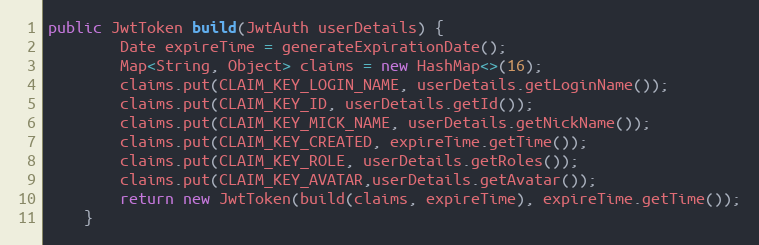
Language: Java
public JwtToken build(JwtAuth userDetails) {
        Date expireTime = generateExpirationDate();
        Map<String, Object> claims = new HashMap<>(16);
        claims.put(CLAIM_KEY_LOGIN_NAME, userDetails.getLoginName());
        claims.put(CLAIM_KEY_ID, userDetails.getId());
        claims.put(CLAIM_KEY_MICK_NAME, userDetails.getNickName());
        claims.put(CLAIM_KEY_CREATED, expireTime.getTime());
        claims.put(CLAIM_KEY_ROLE, userDetails.getRoles());
        claims.put(CLAIM_KEY_AVATAR,userDetails.getAvatar());
        return new JwtToken(build(claims, expireTime), expireTime.getTime());
    }